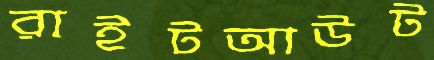
রাইটআউট